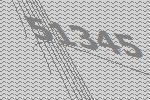
51345